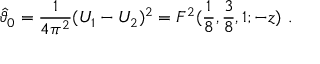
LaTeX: \hat { \vartheta } _ { 0 } = { \frac { 1 } { 4 \pi ^ { 2 } } } ( U _ { 1 } - U _ { 2 } ) ^ { 2 } = F ^ { 2 } ( { \frac { 1 } { 8 } } , { \frac { 3 } { 8 } } , 1 ; - z ) ~ .